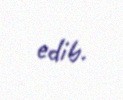
edib.